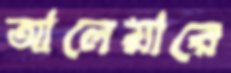
আলেয়ারে